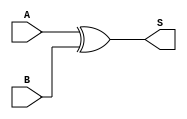
`timescale 1ns / 1ps
//////////////////////////////////////////////////////////////////////////////////
// Company: 
// Engineer: 
// 
// Design Name: 
// Module Name:    xor64 
// Project Name: 
// Target Devices: 
// Tool versions: 
// Description: 
//
// Dependencies: 
//
// Revision: 
// Revision 0.01 - File Created
// Additional Comments: 
//
//////////////////////////////////////////////////////////////////////////////////
module xor64( A, B, S);
	input [63:0] A;
	input [63:0] B;
	output [63:0] S;
	 
	assign S = A ^ B;


endmodule